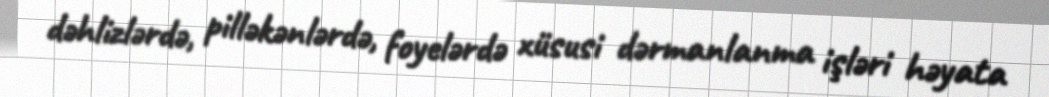
dəhlizlərdə, pilləkənlərdə, foyelərdə xüsusi dərmanlanma işləri həyata